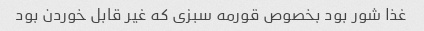
غذا شور بود بخصوص قورمه سبزی که غیر قابل خوردن بود